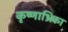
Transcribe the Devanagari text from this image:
कृष्णाभ्रिका